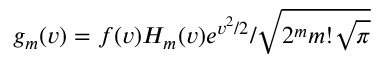
g _ { m } ( v ) = f ( v ) H _ { m } ( v ) e ^ { v ^ { 2 } / 2 } / \sqrt { 2 ^ { m } m ! \sqrt { \pi } }